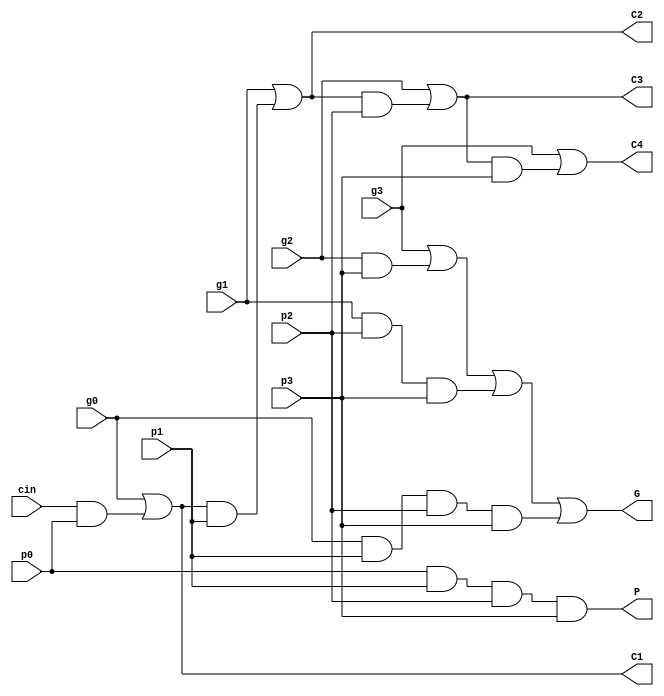
module CLA(g0, p0, g1, p1, g2, p2, g3, p3, cin, C1, C2, C3, C4, G, P);
  input g0, p0, g1, p1, g2, p2, g3, p3;
  input cin;
  output C1, C2, C3, C4, G, P;

  // C_i = g_{i-1} + C_{i-1}*P_{i-1}
  assign C1 = g0 | cin & p0;
  assign C2 = g1 | C1 & p1;
  assign C3 = g2 | C2 & p2;
  assign C4 = g3 | C3 & p3;

  assign P = p0 & p1 & p2 & p3;
  assign G = g3 | g2 & p3 | g1 & p2 & p3 | g0 & p1 & p2 & p3;
endmodule